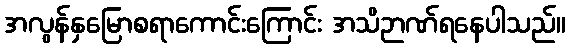
အလွန်နှမြောစရာကောင်းကြောင်း အသိဉာဏ်ရနေပါသည်။